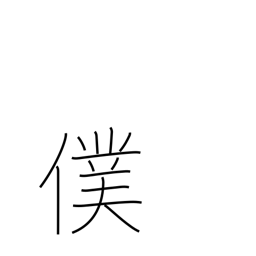
Meaning: servant